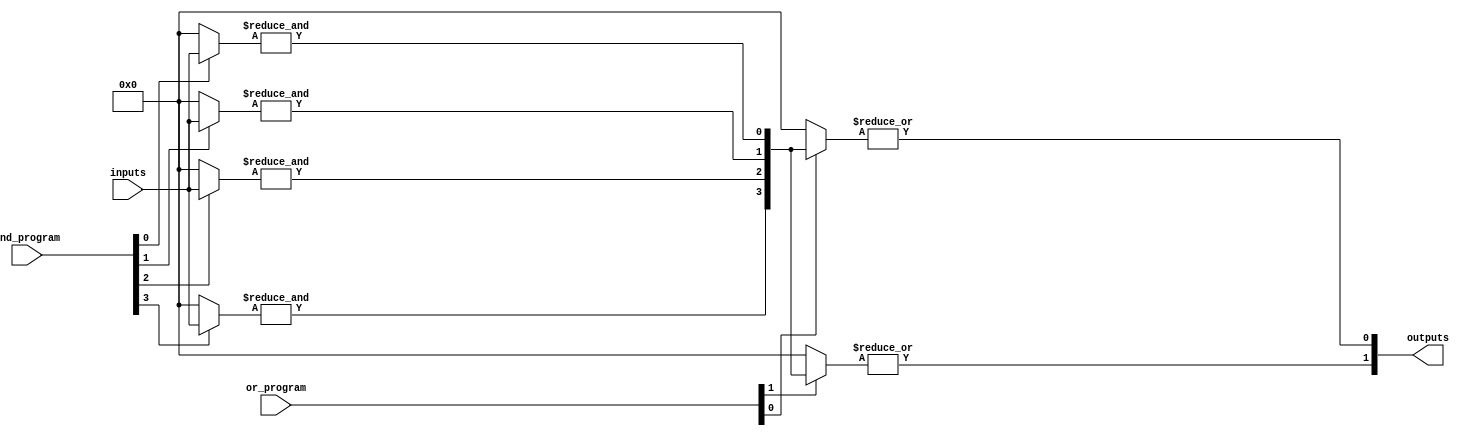
module programmable_logic_array #(
    parameter NUM_INPUTS = 4,         // Number of inputs
    parameter NUM_AND_GATES = 4,      // Number of AND gates
    parameter NUM_OR_GATES = 2         // Number of OR gates
)(
    input wire [NUM_INPUTS-1:0] inputs, // Input lines
    input wire [NUM_AND_GATES-1:0] and_program, // AND gate programming (fuses)
    input wire [NUM_OR_GATES-1:0] or_program,   // OR gate programming (fuses)
    output wire [NUM_OR_GATES-1:0] outputs // Output lines
);

// Internal wires for product terms from AND gates
wire [NUM_AND_GATES-1:0] product_terms;

// AND array implementation
genvar i, j;
generate
    for (i = 0; i < NUM_AND_GATES; i = i + 1) begin : and_gate
        wire [NUM_INPUTS-1:0] and_inputs;
        assign and_inputs = (and_program[i]) ? inputs : {NUM_INPUTS{1'b0}}; // Programmed inputs
        
        assign product_terms[i] = &and_inputs; // AND operation
    end
endgenerate

// OR array implementation
generate
    for (j = 0; j < NUM_OR_GATES; j = j + 1) begin : or_gate
        wire [NUM_AND_GATES-1:0] or_inputs;
        assign or_inputs = (or_program[j]) ? product_terms : {NUM_AND_GATES{1'b0}}; // Programmed product terms
        
        assign outputs[j] = |or_inputs; // OR operation
    end
endgenerate

endmodule